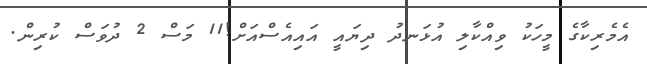
އެމެރިކާގެ މީީހަކު ވިއްކާލި އުޅަނދު ދިޔައީ އައިއެސްއަށް!11 މަސް 2 ދުވަސް ކުރިން.